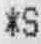
*S